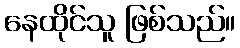
နေထိုင်သူ ဖြစ်သည်။